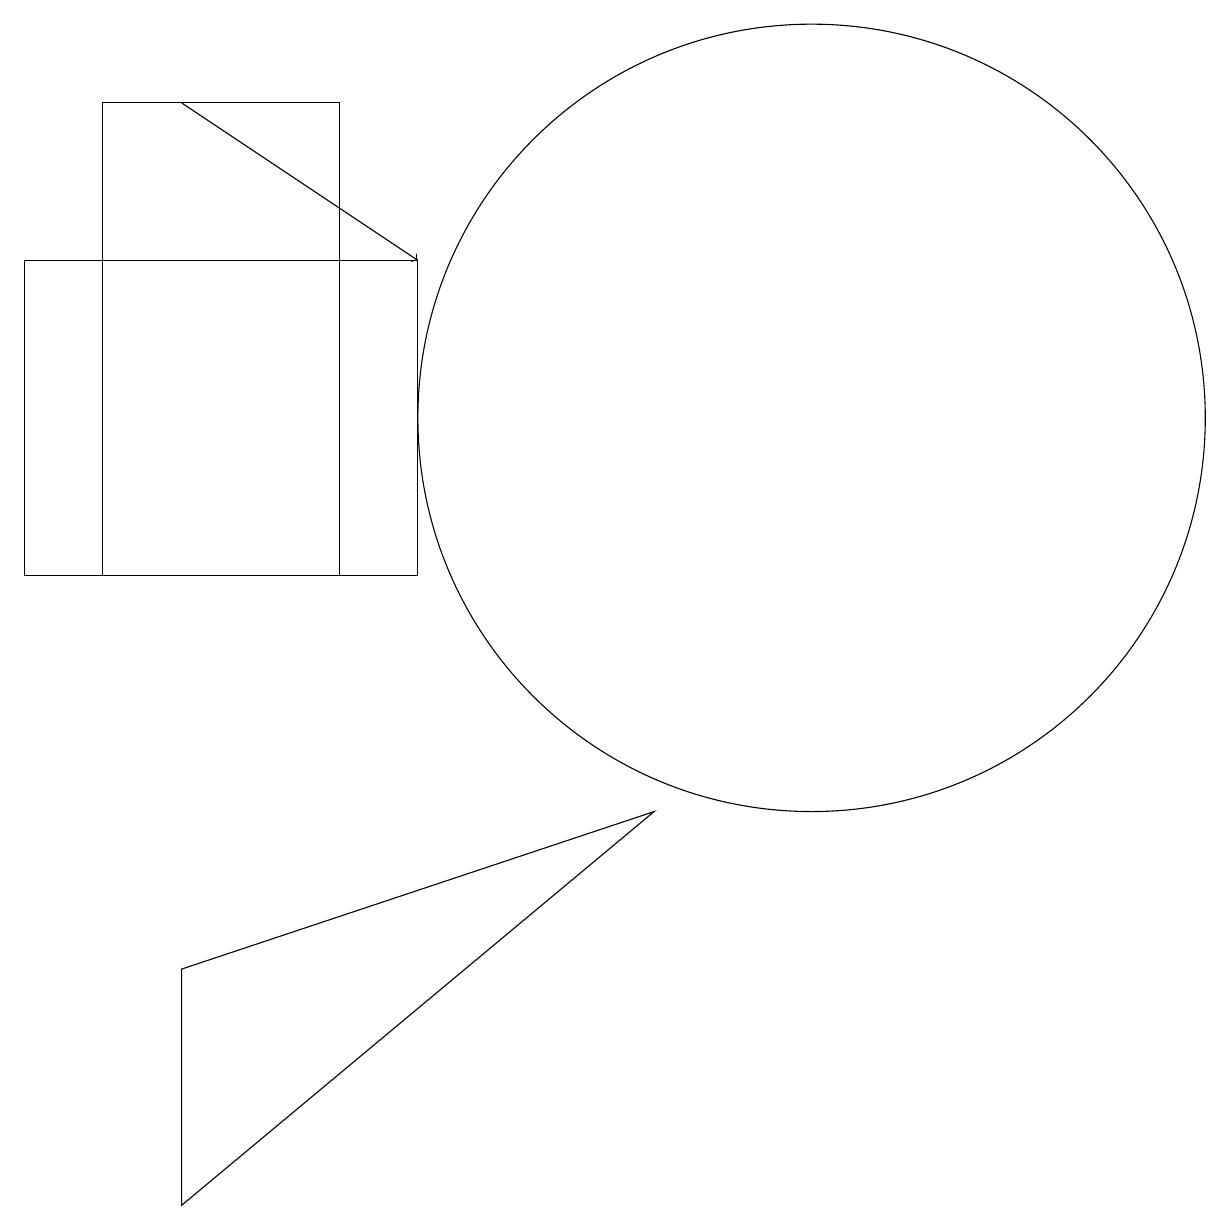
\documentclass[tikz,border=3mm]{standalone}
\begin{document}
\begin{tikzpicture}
\draw (10,11) circle (0);
\draw (3,2) -- (3,5) -- (9,7) -- cycle;
\draw[->] (3,16) -- (6,14);
\draw (2,16) rectangle (5,10);
\draw (6,10) rectangle (1,14);
\draw (11,12) circle (5);
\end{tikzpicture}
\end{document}